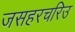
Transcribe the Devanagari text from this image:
जसहरचरिउ